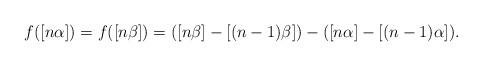
LaTeX: \begin{align*}f([n\alpha]) = f([n\beta]) = ([n\beta]-[(n-1)\beta])-([n\alpha]-[(n-1)\alpha]).\end{align*}